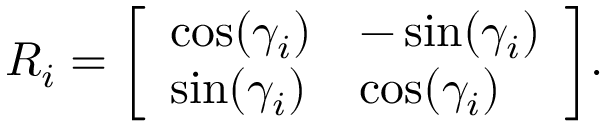
R _ { i } = { \left[ \begin{array} { l l } { \cos ( \gamma _ { i } ) } & { - \sin ( \gamma _ { i } ) } \\ { \sin ( \gamma _ { i } ) } & { \cos ( \gamma _ { i } ) } \end{array} \right] } .